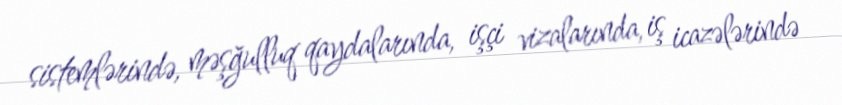
sistemlərində, məşğulluq qaydalarında, işçi vizalarında, iş icazələrində